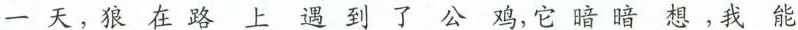
一天，狼在路上遇到了公鸡，它暗暗想，我能